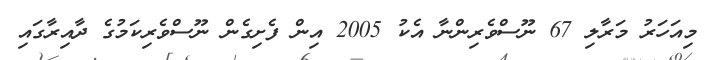
މިއަހަރު މަރާލި 67 ނޫސްވެރިންނާ އެކު 2005 އިން ފެށިގެން ނޫސްވެރިކަމުގެ ދާއިރާގައި